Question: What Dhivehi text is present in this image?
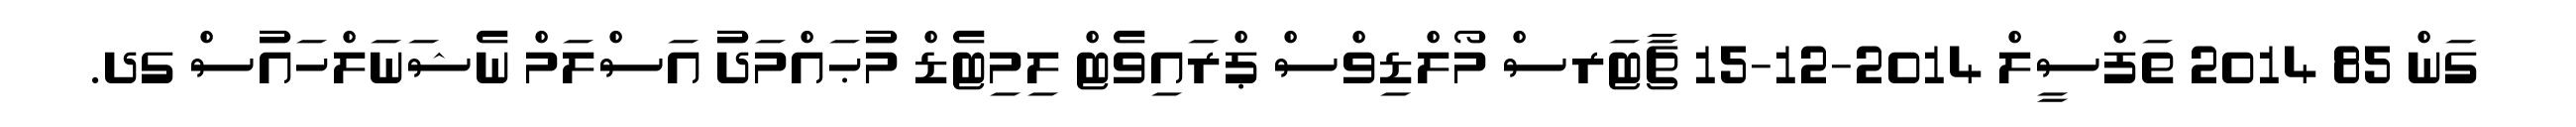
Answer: ގަން 85 2014 ތަފްސީލް 2014-12-15 ޗާޓަރސް މޯލްޑިވްސް ޕްރައިވެޓް ލިމިޓެޑް މުޙައްމަދު އަސްލަމް ނެޝަނަލްހައުސް ގދ.